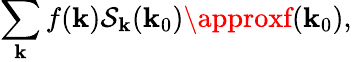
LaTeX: \sum_{\mathbf{k}}f(\mathbf{k})\mathcal{{S}}_{\mathbf{k}}(\mathbf{k}_{0})\approxf(\mathbf{k}_{0}),